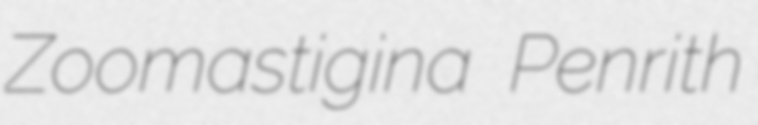
Zoomastigina Penrith